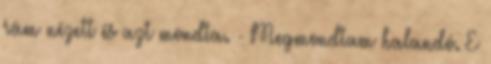
rám nézett és azt mondta. - Megmondtam halandó. E